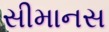
સીમાનસ